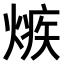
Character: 𤌿